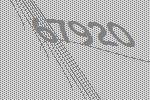
67920